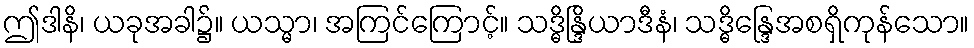
ဤဒါနိ၊ ယခုအခါ၌။ ယသ္မာ၊ အကြင်ကြောင့်။ သဒ္ဓိန္ဒြိယာဒီနံ၊ သဒ္ဓိန္ဒြေအစရှိကုန်သော။